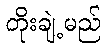
တိုးချဲ့မည်